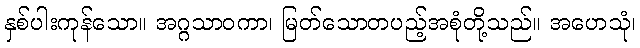
နှစ်ပါးကုန်သော။ အဂ္ဂသာဝကာ၊ မြတ်သောတပည့်အစုံတို့သည်။ အဟေသုံ၊